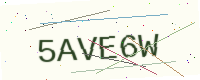
Text: 5AVE6W